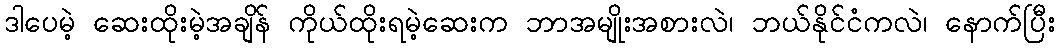
ဒါပေမဲ့ ဆေးထိုးမဲ့အချိန် ကိုယ်ထိုးရမဲ့ဆေးက ဘာအမျိုးအစားလဲ၊ ဘယ်နိုင်ငံကလဲ၊ နောက်ပြီး